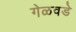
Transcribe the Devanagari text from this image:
गेळवडे